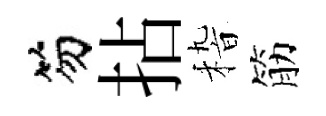
笏拈𥟵筋